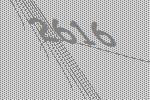
2616